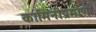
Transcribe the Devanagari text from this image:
कामिनीप्रमाणे